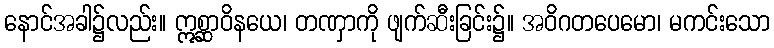
နောင်အခါ၌လည်း။ ဣစ္ဆာဝိနယေ၊ တဏှာကို ဖျက်ဆီးခြင်း၌။ အဝိဂတပေမော၊ မကင်းသော